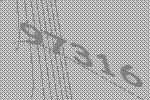
97316